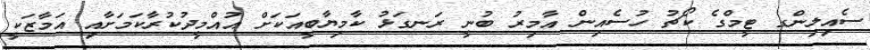
ސެއިލިންގ ޓީމްގެ ކޯޗު ހުސެއިން އާމިރު ބުނީ ރަނގަޅު ކާމިޔާބީއަކަށް އުއްމީދުކުރާކަމަށާއި އަމާޒަކީ